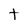
Character: t